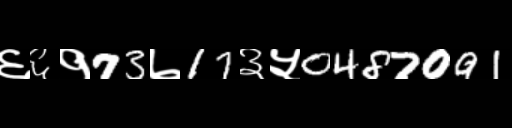
Text: ६६१73७17३५0487091